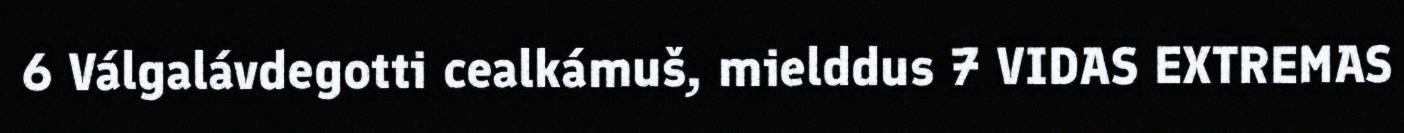
6 Válgalávdegotti cealkámuš, mielddus 7 VIDAS EXTREMAS